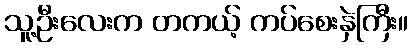
သူ့ဦးလေးက တကယ့် ကပ်စေးနှဲကြီး။